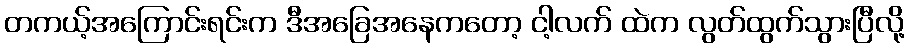
တကယ့်အကြောင်းရင်းက ဒီအခြေအနေကတော့ ငါ့လက် ထဲက လွတ်ထွက်သွားပြီလို့